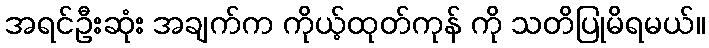
အရင်ဦးဆုံး အချက်က ကိုယ့်ထုတ်ကုန် ကို သတိပြုမိရမယ်။